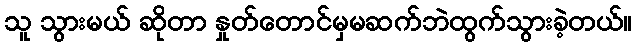
သူ သွားမယ် ဆိုတာ နှုတ်တောင်မှမဆက်ဘဲထွက်သွားခဲ့တယ်။